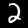
Digit: 2